Lunatic asylums Burma 1907-21 - 1907-1921
Year: 1907
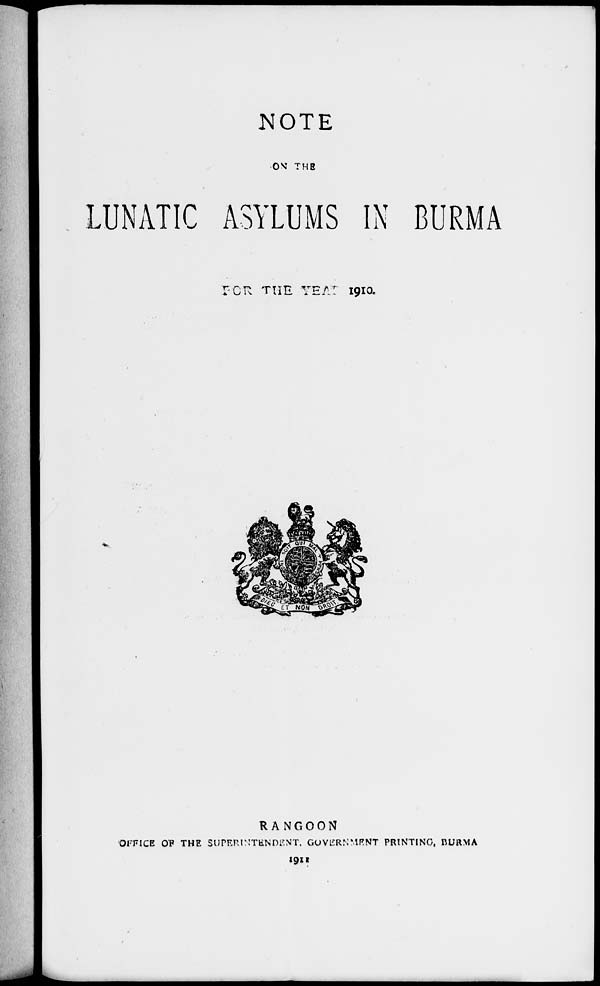
NOTE
ON THE
LUNATIC ASYLUMS IN BURMA
FOR THE YEAR 1910.
RANGOON
OFFICE OF THE SUPERINTENDENT, GOVERNMENT PRINTING, BURMA
1911